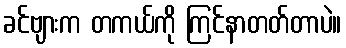
ခင်ဗျားက တကယ်ကို ကြင်နာတတ်တာပဲ။